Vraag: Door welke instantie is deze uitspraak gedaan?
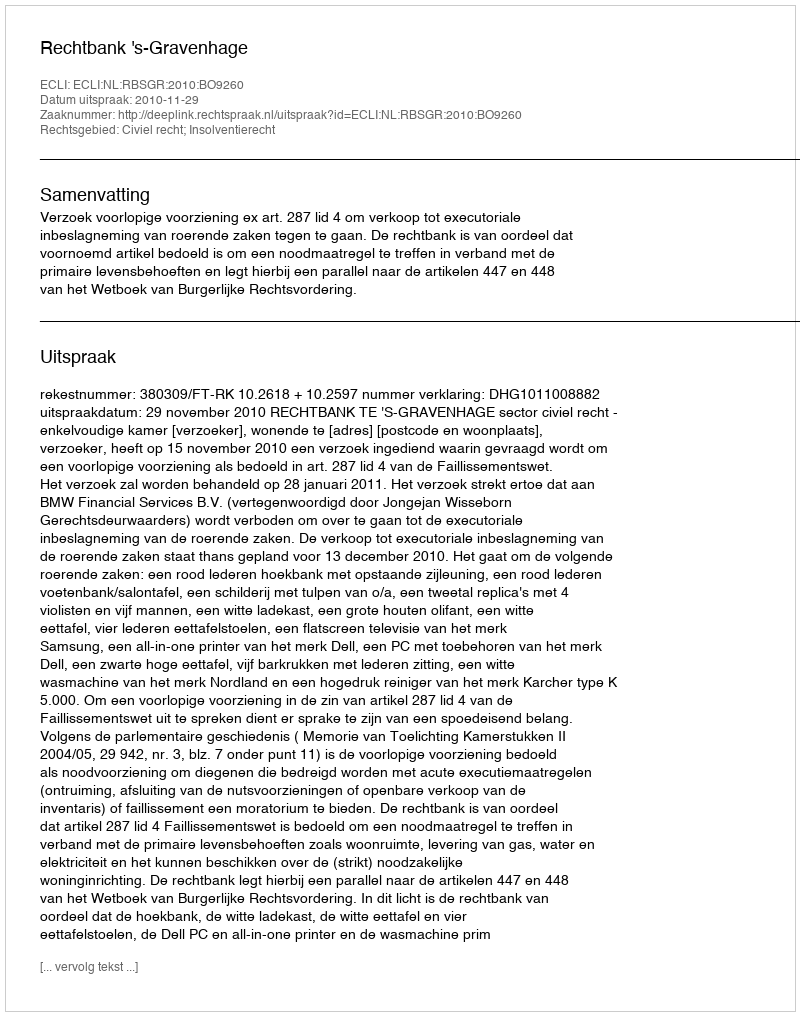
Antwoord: Rechtbank 's-Gravenhage